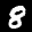
Label: 8